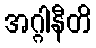
အဂ္ဂါနီတိ